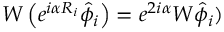
W \left( e ^ { i \alpha R _ { i } } \hat { \phi } _ { i } \right) = e ^ { 2 i \alpha } W \hat { \phi } _ { i } )